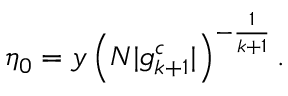
\eta _ { 0 } = y \left( N | g _ { k + 1 } ^ { c } | \right) ^ { - \frac { 1 } { k + 1 } } .